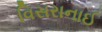
વિસરાનાઈ